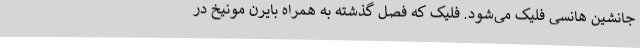
جانشین هانسی فلیک می‌شود. فلیک که فصل گذشته به همراه بایرن مونیخ در